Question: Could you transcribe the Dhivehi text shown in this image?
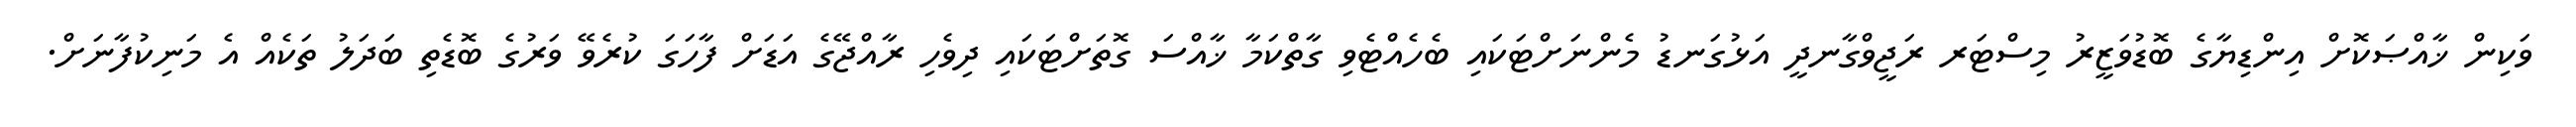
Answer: ވަކިން ޚާއްޞަކޮށް އިންޑިޔާގެ ބޮޑުވަޒީރު މިސްޓަރ ރަޖީވްގާނދީ އަޅުގަނޑު މެންނަށްޓަކައި ބެހެއްޓެވި ގާތްކަމާ ޚާއްސަ ގޮތަށްޓަކައި ދިވެހި ރާއްޖޭގެ އަޑަށް ފާހަގަ ކުރެވޭ ވަރުގެ ބޮޑެތި ބަދަލު ތަކެއް އެ މަނިކުފާނަށް.